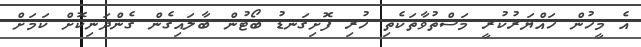
އެ މީހުން ހައްޔަރުކުރީ މަސްތުވާތަކެތި ހުރި ފޮށިގަނޑު ބޯޓުން ބާލައިގެން ގެންދަނިކޮށް ކަމަށް